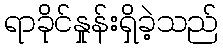
ရာခိုင်နှုန်းရှိခဲ့သည်